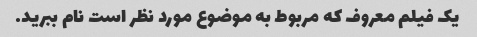
یک فیلم معروف که مربوط به موضوع مورد نظر است نام ببرید.